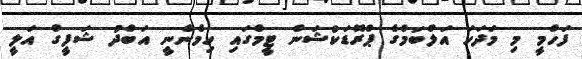
ފަހްމީ މި މަދަހަ އަލްބަމްގެ ޕްރޮޑަކްޝަން ޓީމްގައި ހިމެނެނީ އަބްދު ޝަފީގް އަލީ